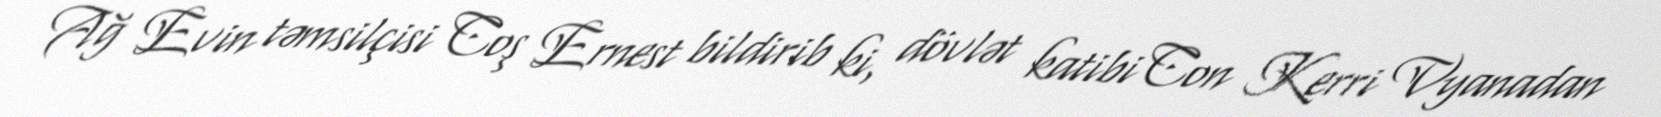
Ağ Evin təmsilçisi Coş Ernest bildirib ki, dövlət katibi Con Kerri Vyanadan